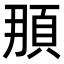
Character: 𩑫